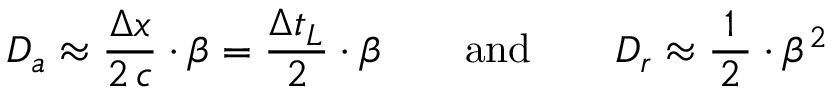
D _ { a } \approx \frac { \Delta x } { 2 \, c } \cdot \beta = \frac { \Delta t _ { L } } { 2 } \cdot \beta \qquad \mathrm { a n d } \qquad D _ { r } \approx \frac { 1 } { \, 2 \, } \cdot \beta ^ { 2 }